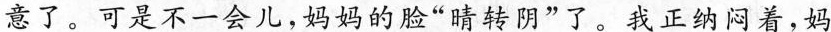
意了。可是不一会儿，妈妈的脸”晴转阴”了。我正纳闷着，妈